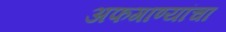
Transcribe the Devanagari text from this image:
अफगाण्यांचा